Leaving Certificate, 1900
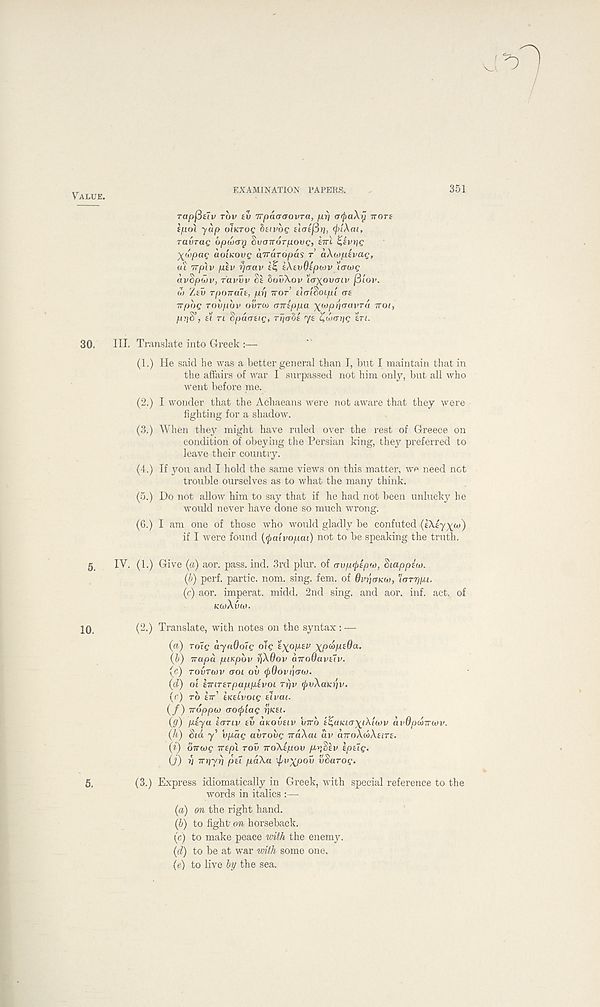
VALUE.
EXAMINATION PAPERS.
351
rapfistv TOV ev irpaaaovTa, pri atyaXij nort
tpoi yap OIKTOQ betvbg tloifiri,
ravrag opunxy Svanorpovg, iirl Zevtjg
%wpag aoiKOvg aTTaropas T aXwpivag,
ai Trpiv piv rjaav 1% tXtvOtpwv '1<TU>Q
avSpwv, ravvv Ss 6ovXov 'la^ovatv j3lov.
M ZEU Tpona~u, pi) Tror’ tlai&oipi as
Trpbg Tovpbv ourw (Tirippa \iopfiaavTa TTOI,
jur;8’, £t TI dpacrtig, rrjardt ys Zwarig 6r(.
30. HI. Translate into Greek :—
(1.) He said He was a better general than I, but I maintain that in
the affairs of war I surpassed not him only, but all who
went before me.
(2.) I wonder that the Achaeans were not aware that they were
fighting for a shadow.
(3.) When they might have ruled over the rest of Greece on
condition of obeying the Persian king, they preferred to
leave their country.
(4.) If you and I hold the same views on this matter, we need net
trouble ourselves as to what the many think.
(5.) Do not allow him to say that if he had not been unlucky he
would never have done so much wrong.
(6.) I am one of those who would gladly be confuted
if I were found (<pa'ivopai) not to be speaking the truth.
g
IV. (1.) Give (a) aor. pass. ind. 3rd plur. of avp^ipto, Siapptw.
(b) perf. partic. nom. sing. fern, of OvpaKw, 'larr/pi.
(c) aor. imperat. midd. 2nd sing, and aor. inf. act. of
KwXvU>.
10,
(2.) Translate, with notes on the syntax : —
(a) Totg ayaOolg olg 'i'xpptv -^pcaptOa.
(b) irapa piKpbv ■riXOov aTroOavelv.
(c) TOVTWV <JOl OV <p6oVli](Th).
(d) ol £iriT£Tpapptvoi rrjv (pvXaKijv.
(c) TO ETT’ tKeivoig el vat.
(/) Troppw crotpiag rpca.
(ff) psya ecTTtv tv aKOvtiv Wo t^anta^tXtwv avOpattriov.
(h) Sid y’ vpdg avrovg ndXat dv diroXtbXttrt.
(i) oTTojg TCtp't TOV iroXtpov pv.Stv tptlg.
(J) i) TTriyr) ptt paXa 'tpv^pov USUTOQ.
5,
(3.) Express idiomatically in Greek, with special reference to the
words in italics :—
(a) on the right hand.
(b) to fight on horseback.
(c) to make peace with the enemy.
(d) to be at war with some one.
(e) to live by the sea.